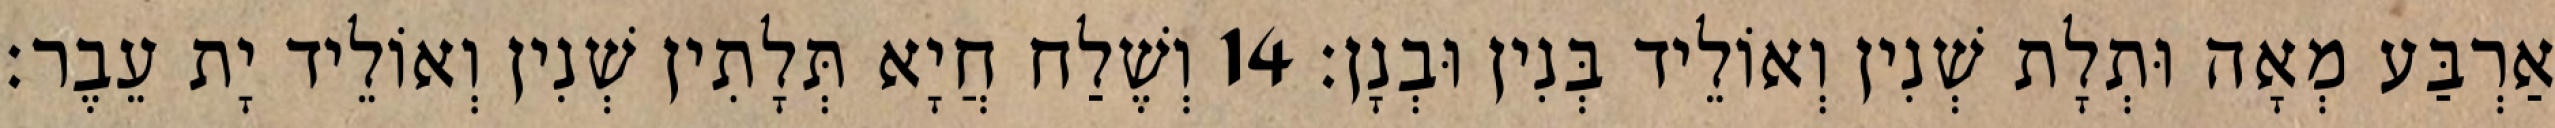
אַרְבַּע מְאָה וּתְלָת שְׁנִין וְאוֹלֵיד בְּנִין וּבְנָן׃ 14 וְשֶׁלַח חֲיָא תְּלָתִין שְׁנִין וְאוֹלֵיד יָת עֵבֶר׃